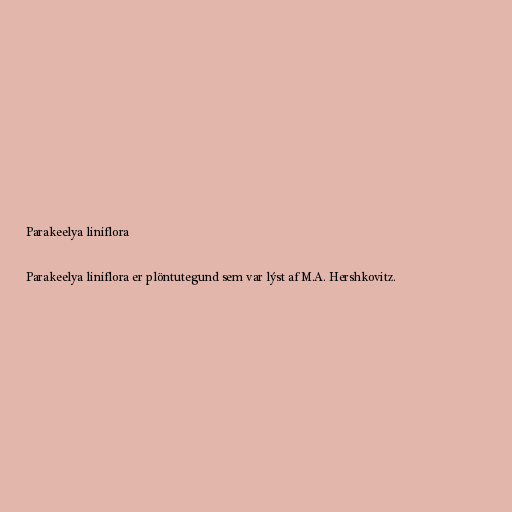
Parakeelya liniflora

Parakeelya liniflora er plöntutegund sem var lýst af M.A. Hershkovitz.